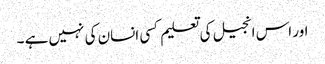
اور اس انجیل کی تعلیم کسی انسان کی نہیں ہے ۔